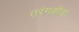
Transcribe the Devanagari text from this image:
तरंगक्रीड़ा